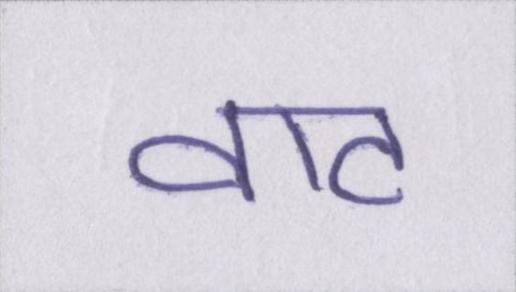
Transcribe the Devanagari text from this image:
वाट